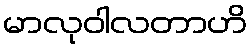
မာလုဝါလတာဟိ